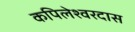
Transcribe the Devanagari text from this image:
कपिलेश्वरदास